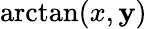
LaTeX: \arctan(x,\mathbf{y})